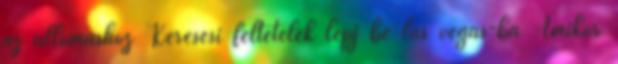
az állomáshoz Keresési feltételek lépj be las vegas-ba Amikor